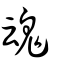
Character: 魂